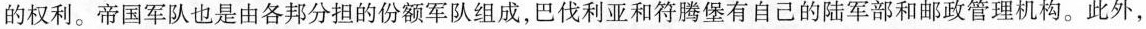
的权利。帝国军队也是由各邦分担的份额军队组成，巴伐利亚和符腾堡有自己的陆军部和邮政管理机构。此外，